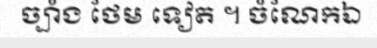
ច្បាំង ថែម ទៀត ។ ចំណែកឯ